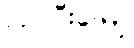
လုပ်ပြီးတော့